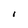
Character: i